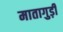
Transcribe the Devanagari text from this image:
मातागुड़ी